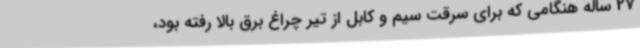
27 ساله هنگامی که برای سرقت سیم و کابل از تیر چراغ برق بالا رفته بود،